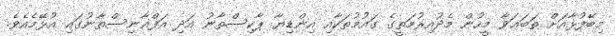
މިބޭފުޅާއަށް ތަބަޢަވާ މީހުން މެދުއިރުމަތީގެ ގައުމުތަކާއި އިންޑިޔާ ޕާކިސްތާނު އަދި އަފްޣާނިސްތާނުގައި އުޅޭމެއެވެ.